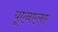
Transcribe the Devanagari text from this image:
यूएनएलए